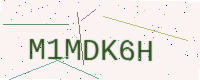
Text: M1MDK6H